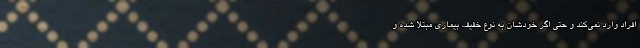
افراد وارد نمی‌کند و حتی اگر خودشان به نوع خفیف بیماری مبتلا شده و